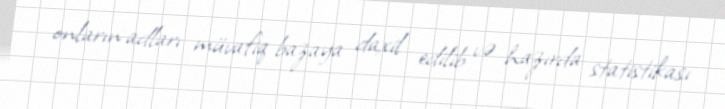
onların adları müvafiq bazaya daxil edilib və hazırda statistikası